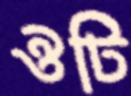
ঔটি